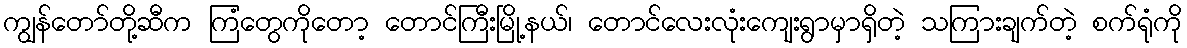
ကျွန်တော်တို့ဆီက ကြံတွေကိုတော့ တောင်ကြီးမြို့နယ်၊ တောင်လေးလုံးကျေးရွာမှာရှိတဲ့ သကြားချက်တဲ့ စက်ရုံကို